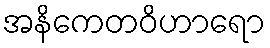
အနိကေတဝိဟာရော